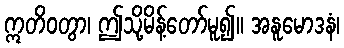
ဣတိဝတွာ၊ ဤသို့မိန့်တော်မူ၍။ အနူမောဒနံ၊